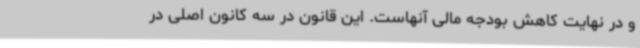
و در نهایت کاهش بودجه مالی آنهاست. این قانون در سه کانون اصلی در